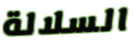
السلالة